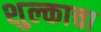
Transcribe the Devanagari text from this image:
शुल्काचा